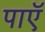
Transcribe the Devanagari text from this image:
पाएॅ